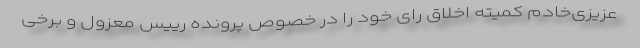
عزیزی‌خادم کمیته اخلاق رای خود را در خصوص پرونده رییس معزول و برخی